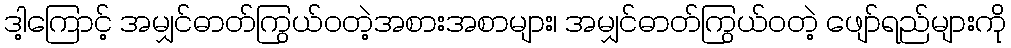
ဒါ့ကြောင့် အမျှင်ဓာတ်ကြွယ်ဝတဲ့အစားအစာများ၊ အမျှင်ဓာတ်ကြွယ်ဝတဲ့ ဖျော်ရည်များကို